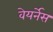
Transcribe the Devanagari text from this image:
वेयर्नेस